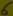
Text: 6